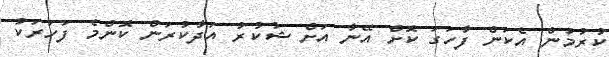
ކުރުމުން އެކަން ފާހަގަ ކޮށް އޭނާ އަށް ޝުކުރު އަދާކުރަން ކޮންމެ ފަހަރަކު